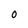
Character: 0